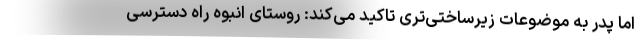
اما پدر به موضوعات زیرساختی‌تری تاکید می‌کند: روستای انبوه راه دسترسی